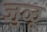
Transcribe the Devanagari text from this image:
जुळू